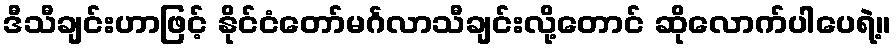
ဒီသီချင်းဟာဖြင့် နိုင်ငံတော်မင်္ဂလာသီချင်းလို့တောင် ဆိုလောက်ပါပေရဲ့။